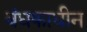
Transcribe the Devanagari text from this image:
बंधकाधीन